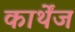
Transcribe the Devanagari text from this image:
कार्थेंज